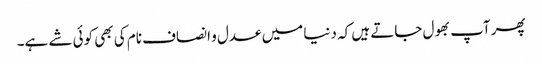
پھر آپ بھول جاتے ہیں کہ دنیا میں عدل و انصاف نام کی بھی کوئی شے ہے۔